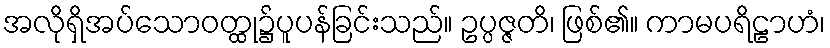
အလိုရှိအပ်သောဝတ္ထု၌ပူပန်ခြင်းသည်။ ဥပ္ပဇ္ဇတိ၊ ဖြစ်၏။ ကာမပရိဠာဟံ၊